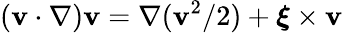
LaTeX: ({\mathbf v}\cdot\nabla){\mathbf v}=\nabla({\mathbf v}^{2}/2)+\boldsymbol{\xi}\times{\mathbf v}